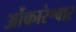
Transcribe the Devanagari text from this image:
ओंकारेश्वार